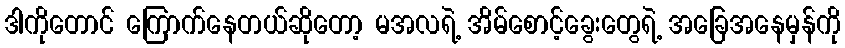
ဒါကိုတောင် ကြောက်နေတယ်ဆိုတော့ မအလရဲ့ အိမ်စောင့်ခွေးတွေရဲ့ အခြေအနေမှန်ကို